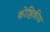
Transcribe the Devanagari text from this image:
कोष्ठिकीय